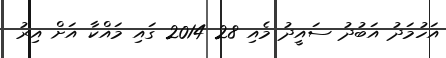
އަހުމަދު އަބުދު ސައީދު މެއި 28 2014 ގައި މައްކާ އަށް އިރު